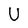
Character: U